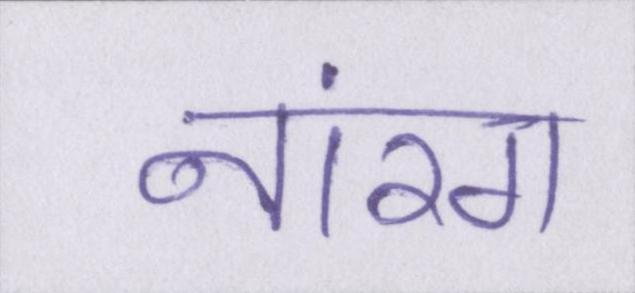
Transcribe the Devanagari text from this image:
नारंग